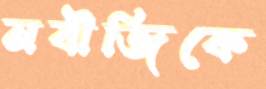
নবীজিকে